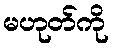
မဟုတ်ကို